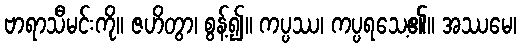
ဗာရာသီမင်းကို။ ဇဟိတွာ၊ စွန့်၍။ ကပ္ပဿ၊ ကပ္ပရသေ့၏။ အဿမေ၊